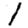
Digit: 1